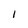
Character: 1